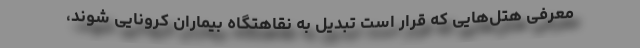
معرفی هتل‌هایی که قرار است تبدیل به نقاهتگاه بیماران کرونایی شوند،